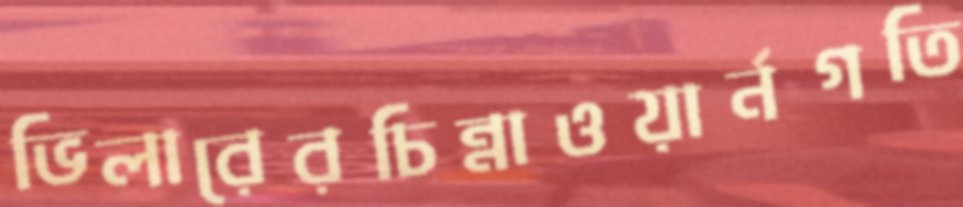
ভিলারেরচিন্নাওয়ার্নগতি